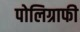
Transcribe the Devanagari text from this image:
पोलिग्राफी